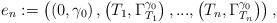
LaTeX: \begin{align*}e_{n}:=\left( \left( 0,\gamma_{0}\right) ,\left( T_{1},\Gamma_{T_{1}}^{\gamma_{0}}\right) ,...,\left( T_{n},\Gamma_{T_{n}}^{\gamma_{0}}\right)\right) , \end{align*}